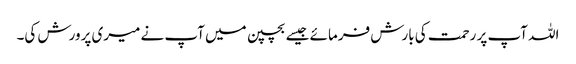
اللہ آپ پر رحمت کی بارش فرمائے جیسے بچپن میں آپ نے میری پرورش کی۔